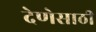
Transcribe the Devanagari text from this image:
देणेसाठी